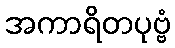
အကာရိတပုဗ္ဗံ